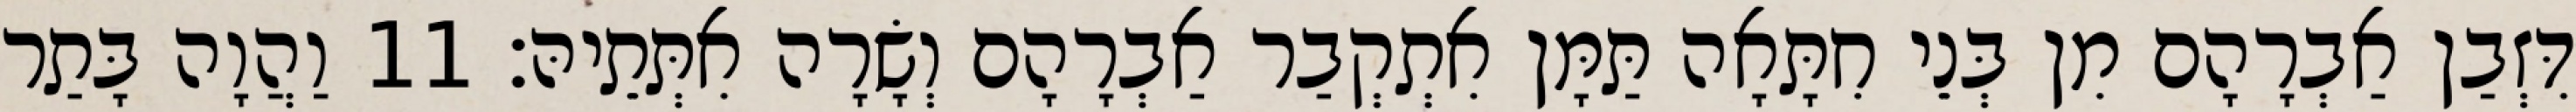
דִּזְבַן אַבְרָהָם מִן בְּנֵי חִתָּאָה תַּמָּן אִתְקְבַר אַבְרָהָם וְשָׂרָה אִתְּתֵיהּ׃ 11 וַהֲוָה בָּתַר